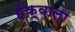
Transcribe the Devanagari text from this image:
इंक्वाला